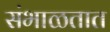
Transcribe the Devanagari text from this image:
संभाळतात